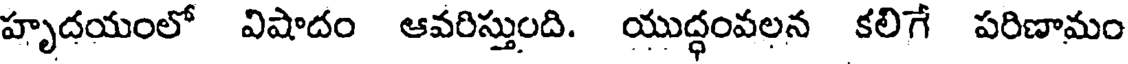
హృదయంలో విషాదం ఆవరిస్తుంది. యుద్ధంవలన కలిగే పరిణామం